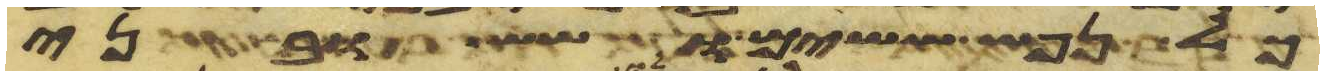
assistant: כל נפש ששים ושש ובני